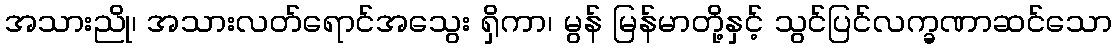
အသားညို၊ အသားလတ်ရောင်အသွေး ရှိကာ၊ မွန် မြန်မာတို့နှင့် သွင်ပြင်လက္ခဏာဆင်သော